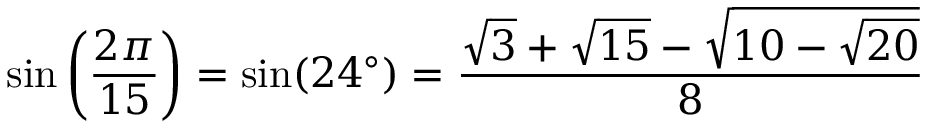
\sin \left( { \frac { 2 \pi } { 1 5 } } \right) = \sin ( 2 4 ^ { \circ } ) = { \frac { { \sqrt { 3 } } + { \sqrt { 1 5 } } - { \sqrt { 1 0 - { \sqrt { 2 0 } } } } } { 8 } }